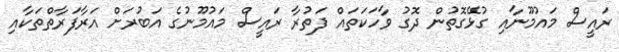
ރައީސް މައުމޫނާއި ގުޅޭގޮތުން ދޮގު ވާހަކަތައް ފަތުރާ ރައީސް މައުމޫނުގެ އަބުރަށް އަރާފަރާތްތަކާއި